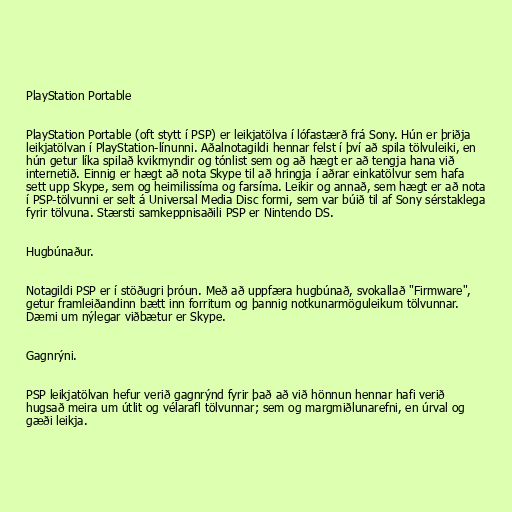
PlayStation Portable

PlayStation Portable (oft stytt í PSP) er leikjatölva í lófastærð frá Sony. Hún er þriðja
leikjatölvan í PlayStation-línunni. Aðalnotagildi hennar felst í því að spila tölvuleiki, en
hún getur líka spilað kvikmyndir og tónlist sem og að hægt er að tengja hana við
internetið. Einnig er hægt að nota Skype til að hringja í aðrar einkatölvur sem hafa
sett upp Skype, sem og heimilissíma og farsíma. Leikir og annað, sem hægt er að nota
í PSP-tölvunni er selt á Universal Media Disc formi, sem var búið til af Sony sérstaklega
fyrir tölvuna. Stærsti samkeppnisaðili PSP er Nintendo DS.

Hugbúnaður.

Notagildi PSP er í stöðugri þróun. Með að uppfæra hugbúnað, svokallað "Firmware",
getur framleiðandinn bætt inn forritum og þannig notkunarmöguleikum tölvunnar.
Dæmi um nýlegar viðbætur er Skype.

Gagnrýni.

PSP leikjatölvan hefur verið gagnrýnd fyrir það að við hönnun hennar hafi verið
hugsað meira um útlit og vélarafl tölvunnar; sem og margmiðlunarefni, en úrval og
gæði leikja.